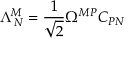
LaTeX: \Lambda _ { \, N } ^ { M } = \frac { 1 } { \sqrt { 2 } } \Omega ^ { M P } C _ { P N }